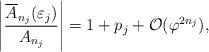
LaTeX: \begin{align*}\left|\frac{\overline{A}_{n_j}(\varepsilon_j)}{A_{n_j}} \right|=1+p_j +\mathcal{O}(\varphi^{2n_j}), \end{align*}